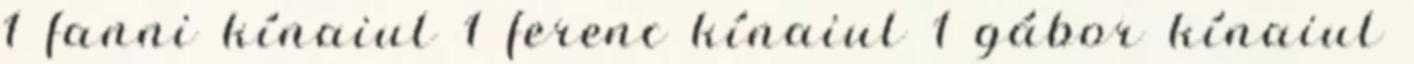
1 fanni kínaiul 1 ferenc kínaiul 1 gábor kínaiul